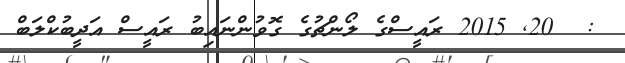
:  20